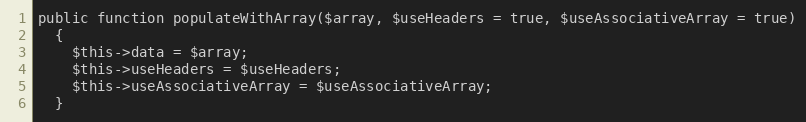
Language: PHP
public function populateWithArray($array, $useHeaders = true, $useAssociativeArray = true)
  {
    $this->data = $array;
    $this->useHeaders = $useHeaders;
    $this->useAssociativeArray = $useAssociativeArray;
  }